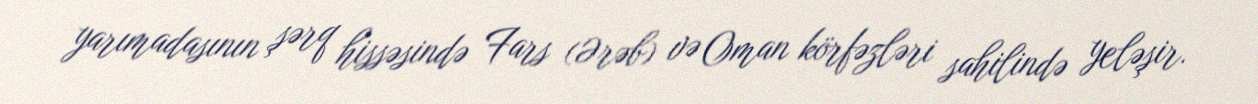
yarımadasının şərq hissəsində Fars (Ərəb) və Oman körfəzləri sahilində yeləşir.